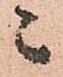
々